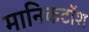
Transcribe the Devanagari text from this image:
मानिकटॉश